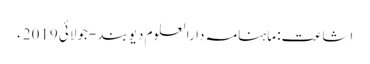
اشاعت: ماہنامہ دارالعلوم دیوبند -جولائی 2019ء